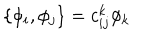
\{ \phi _ { i } , \phi _ { j } \} = c _ { i j } ^ { k } \phi _ { k }